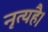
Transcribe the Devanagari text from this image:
नृत्यहै।